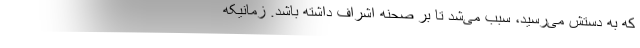
که به دستش می‌رسید،‌ سبب می‌شد تا بر صحنه اشراف داشته باشد. زمانیکه